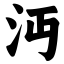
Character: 沔